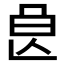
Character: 𣌩